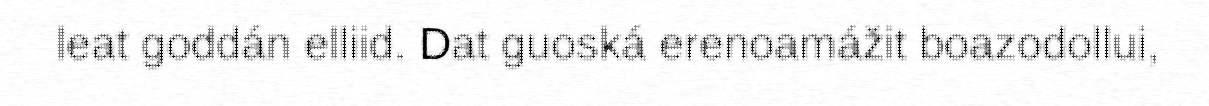
leat goddán elliid. Dat guoská erenoamážit boazodollui,